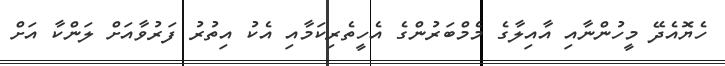
ހެޔޮއެދޭ މީހުންނާއި އާއިލާގެ މެމްބަރުންގެ އެހީތެރިކަމާއި އެކު އިތުރު ފަރުވާއަށް ލަންކާ އަށް